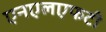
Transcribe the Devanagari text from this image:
एनएलएफटी